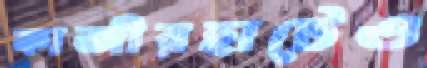
কাজীরহাটেও